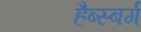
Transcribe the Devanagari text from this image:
हैब्स्बर्ग